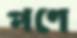
পণে